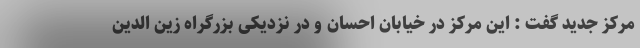
مرکز جدید گفت : این مرکز در خیابان احسان و در نزدیکی بزرگراه زین الدین